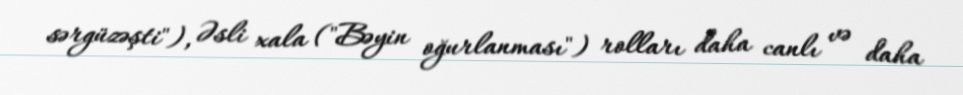
sərgüzəşti"), Əsli xala ("Bəyin oğurlanması") rolları daha canlı və daha